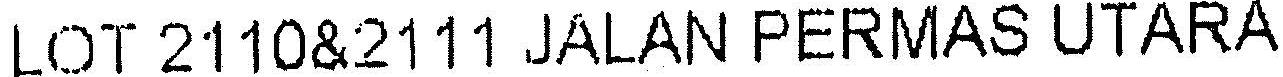
LOT 2110&2111 JALAN PERMAS UTARA